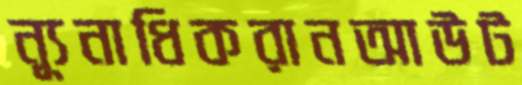
ন্যূনাধিকরানআউট